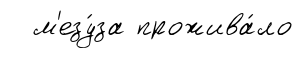
м'езу́за прожива́ло